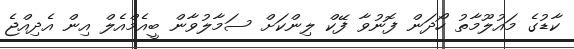
ކާޑުގެ މައުލޫމާތު ހޯދަން ފޮނުވާ ފޭކް ލިންކަށް ސަމާލުވާން ބީއެމްއެލް އިން އެދިއްޖެ